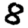
Digit: 8